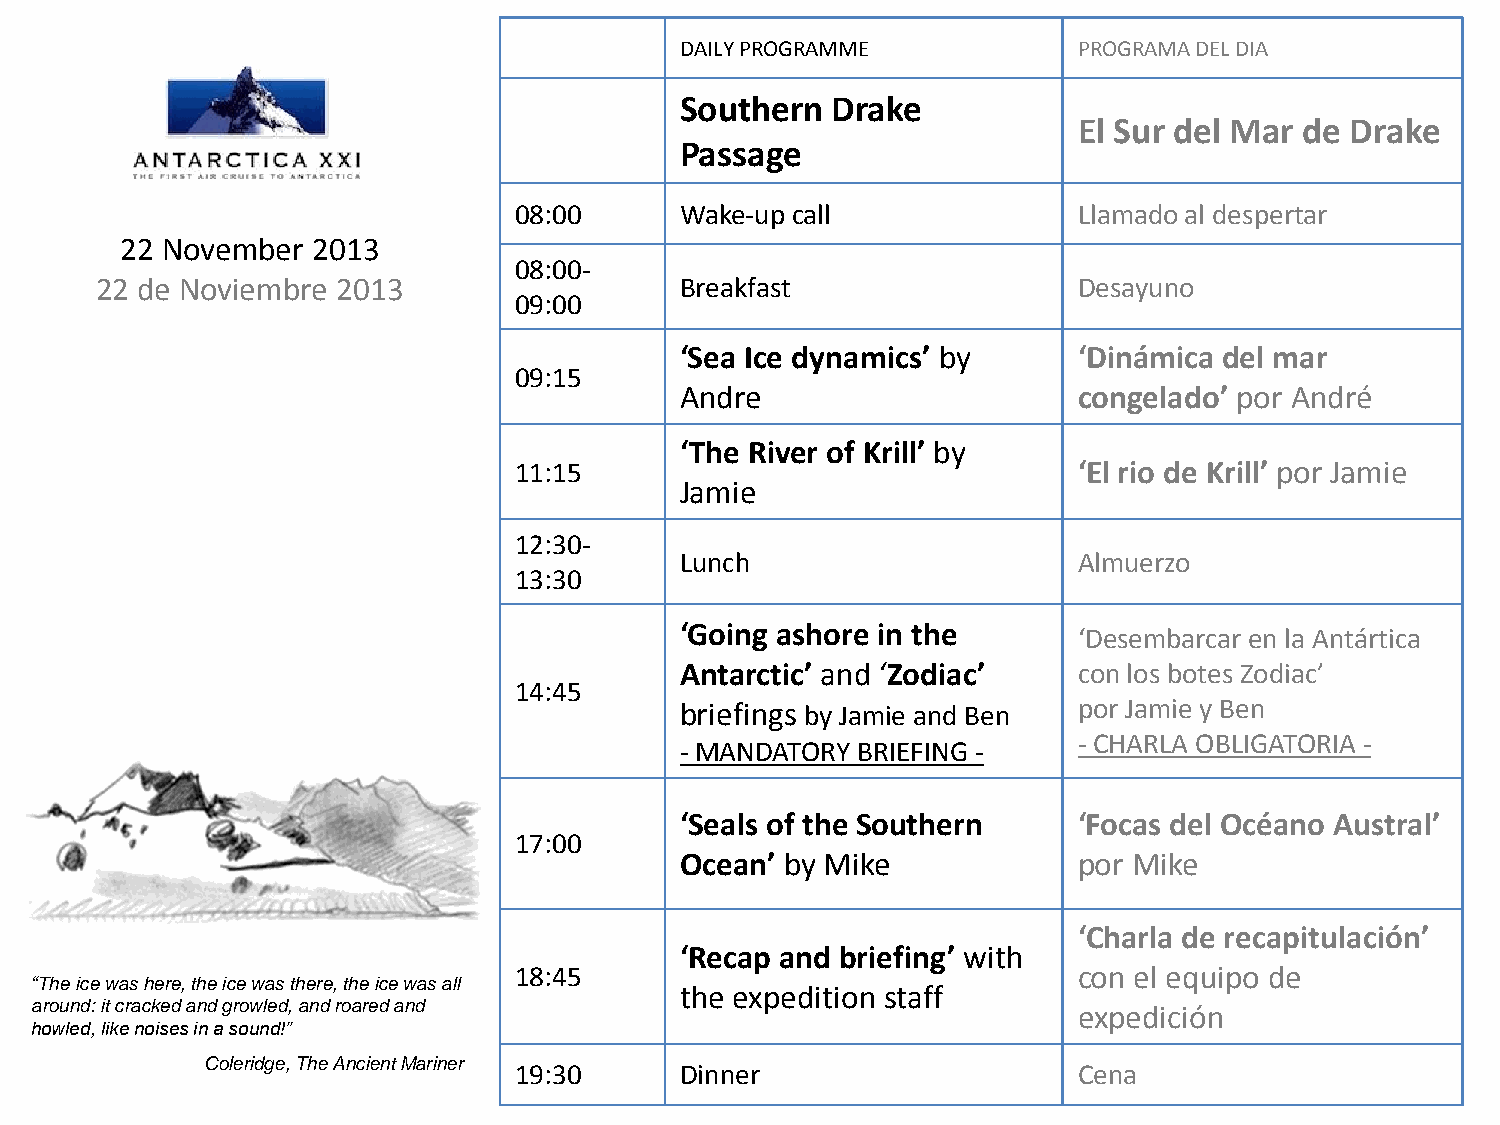
DAILY PROGRAMME           PROGRAMA DEL DIA
 Southern  Drake
 El Sur del Mar de Drake
 Passage
 08:00      Wake-up call              Llamado al despertar
 22 November  2013
 08:00-
 22 de Noviembre 2013                   Breakfast                 Desayuno
 09:00
 ‘Sea Ice dynamics’ by     ‘Dinámica del mar
 09:15
 Andre                     congelado’ por André
 ‘The River of Krill’ by
 11:15                                ‘El rio de Krill’ por Jamie
 Jamie
 12:30-
 Lunch                     Almuerzo
 13:30
 ‘Going ashore in the
 ‘Desembarcar en la Antártica
 Antarctic’ and ‘Zodiac’   con los botes Zodiac’
 14:45
 briefings by Jamie and Ben por Jamie y Ben
 - CHARLA OBLIGATORIA -
 - MANDATORY BRIEFING -
 ‘Seals of the Southern    ‘Focas del Océano Austral’
 17:00
 Ocean’ by Mike            por Mike
 ‘Charla de recapitulación’
 ‘Recap and briefing’ with
 18:45                                con el equipo de
 “The ice was here, the ice was there, the ice was all
 the expedition staff
 around: it cracked and growled, and roared and                       expedición
 howled, like noises in a sound!”
 Coleridge, The Ancient Mariner
 19:30      Dinner                    Cena